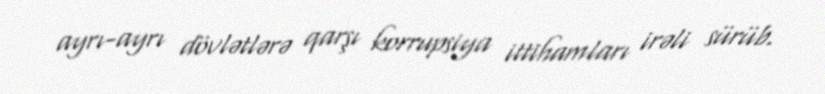
ayrı-ayrı dövlətlərə qarşı korrupsiya ittihamları irəli sürüb.